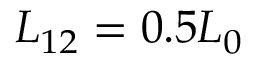
L _ { 1 2 } = 0 . 5 L _ { 0 }